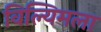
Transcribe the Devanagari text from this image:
विल्यिमला